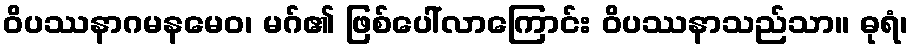
ဝိပဿနာဂမနမေဝ၊ မဂ်၏ ဖြစ်ပေါ်လာကြောင်း ဝိပဿနာသည်သာ။ ဓုရံ၊